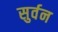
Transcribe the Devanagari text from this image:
सुर्वन